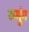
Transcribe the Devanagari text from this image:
रुमुंग